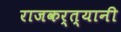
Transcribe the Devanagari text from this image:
राजकर्त्यानी